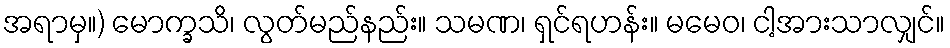
အရာမှ။) မောက္ခသိ၊ လွတ်မည်နည်း။ သမဏ၊ ရှင်ရဟန်း။ မမေဝ၊ ငါ့အားသာလျှင်။